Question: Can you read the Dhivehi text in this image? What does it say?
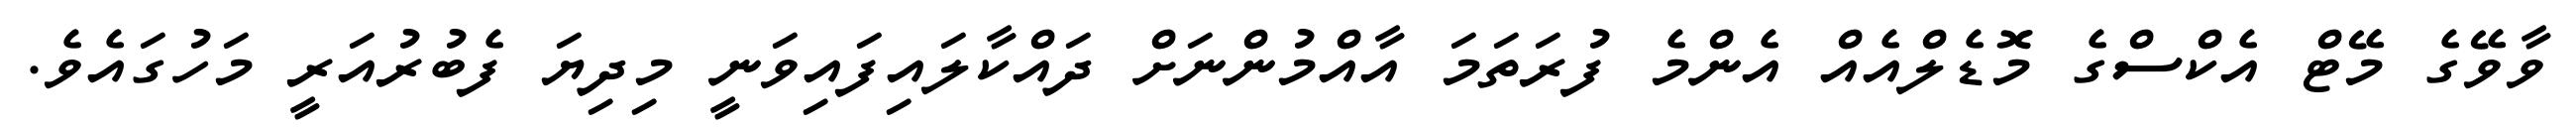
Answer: ވާވޭގެ މޭޓް އެކްސްގެ މޮޑެލްއެއް އެންމެ ފުރަތަމަ އާއްމުންނަށް ދައްކާލައިފައިވަނީ މިދިޔަ ފެބުރުއަރީ މަހުގައެވެ.